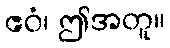
ဧဝံ၊ ဤအတူ။